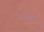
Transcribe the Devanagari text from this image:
नडशी